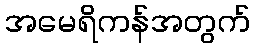
အမေရိကန်အတွက်